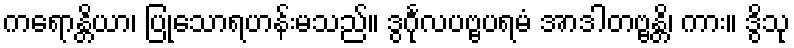
ကရောန္တိယာ၊ ပြုသောရဟန်းမသည်။ ဒွင်္ဂုလပဗ္ဗပရမံ အာဒါတဗ္ဗန္တိ၊ ကား။ ဒွိသု